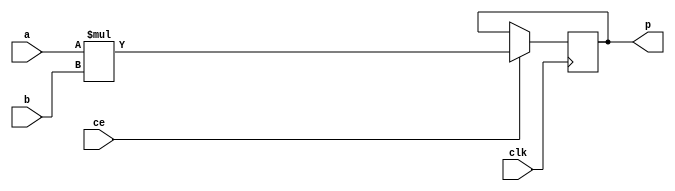
module nfa_accept_samples_generic_hw_mul_8ns_6ns_14_2_MAC2S_1(clk, ce, a, b, p);
input clk;
input ce;
input[8 - 1 : 0] a; // synthesis attribute keep a "true"
input[6 - 1 : 0] b; // synthesis attribute keep b "true"
output[14 - 1 : 0] p;
reg[14 - 1 : 0] p;
wire [14 - 1 : 0] tmp_product;

assign tmp_product = a * b;
always @ (posedge clk) begin
    if (ce) begin
        p <= tmp_product;
    end
end
endmodule